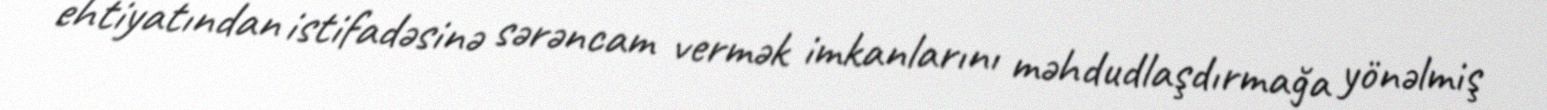
ehtiyatından istifadəsinə sərəncam vermək imkanlarını məhdudlaşdırmağa yönəlmiş